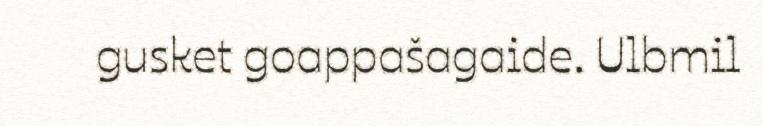
gusket goappašagaide. Ulbmil